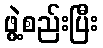
ဖွဲ့စည်းပြီး